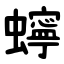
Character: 䗿